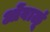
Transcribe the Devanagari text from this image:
ओंवाळूं